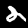
Digit: 2